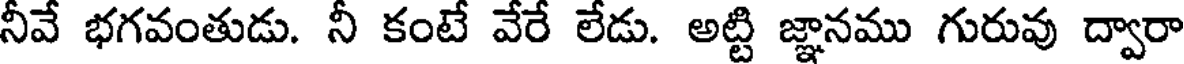
నీవే భగవంతుడు. నీ కంటే వేరే లేడు. అట్టి జ్ఞానము గురువు ద్వారా